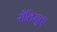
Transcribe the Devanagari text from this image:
रीतिमुक्त्